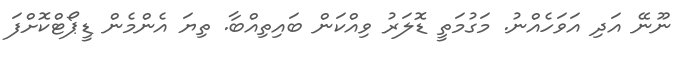
ނޫނޭ އަދި އަވަހެއްނު. މަގުމަތީ ޑޮލަރު ވިއްކަން ބައިތިއްބާ. ތިޔަ އެންމެން ޑީޕޯޓްކޮށްފަ